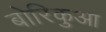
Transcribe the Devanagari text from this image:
बोरिकुआ